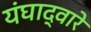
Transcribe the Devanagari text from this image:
यंघाद्वारे